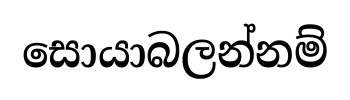
සොයාබලන්නම්